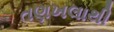
તણખલાથી